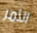
الأمر